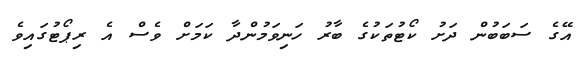
އޭގެ ސަބަބުން ދަށު ކޯޓުތަކުގެ ބާރު ހަނިވަމުންދާ ކަމަށް ވެސް އެ ރިޕޯޓުގައިވެ